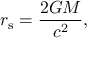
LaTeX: r _ { \mathrm { { s } } } = { \frac { 2 G M } { c ^ { 2 } } } ,